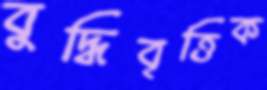
বুদ্ধিবৃত্তিক